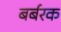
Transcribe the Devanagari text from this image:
बर्बरक